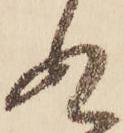
ぬ